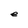
Character: e